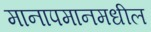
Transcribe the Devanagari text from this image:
मानापमानमधील